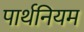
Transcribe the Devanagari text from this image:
पार्थनियम